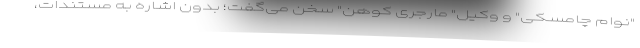
"نوام چامسکی" و وکیل" مارجری کوهن" سخن می‌گفت؛ بدون اشاره به مستندات،